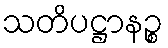
သတိပဋ္ဌာနဉ္စ